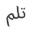
تلم